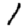
Digit: 1